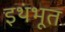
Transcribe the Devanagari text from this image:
इथंभूत